Scottish Leaving Certificate Examination, 1954
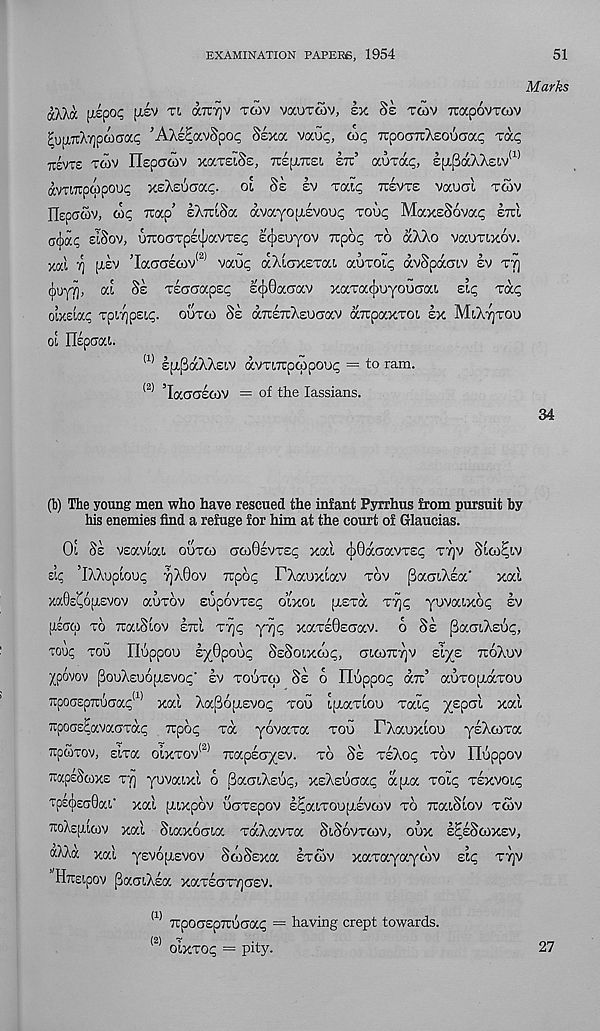
EXAMINATION PAPERS, 1954
51
Marks
aAXcc [lipoc [jiv Tt, aTurjv tcov vauToiv, ex Ss twv irapovToiv
^[XTcXTjpcocra^ ’AXe^avSpOf; Sexa vaup, top TCpocrTtXsooCTap rap
tovts tcov Ilepacov xaTeiSe, xepixet. ztz aurap, ep^Sa/vAeiv* 1 *
avTtTtpwpoup xs^pjiaap. oi Se ev Taip ttevts vaucl Ttov
IIspoSv, cop Trap’ eXx'iSa avayopievoup roup MaxeSovocp ettl
a(j)ap sISov, UTioaTpe^avrep e^euyov irpop to aXXo voaraxov.
xal ^ ptev , Iac7(7ecov <2) vaup aXioxsTa!. auxoip avSpdccnv ev tt]
(jjuyT], od Sz xecrcrapep eijiQaciav xaToccjiuyoucTai. eip xap
oixelap xpiTjpeip. ouxco Se aTreTuXeuoav aTcpaxxoi, ex MiXtjxoo
ot Uspxa!..
(1) epi[3aXXeiv avxiTrptopoup = to ram.
(2> ’laoCTetov = of the lassians.
(b) The young men who have rescued the infant Pyrrhus from pursuit by
his enemies find a refuge for him at the court of Glaucias.
01 Se vecmoa ooxco crcoOevxep xal 6Gacavxep xrjv SioiElv
eip ’IXXopioup 7]X0ov rcpop FXaoxiav xov paaiXea'
xal
xaOsCoptevov auxov eupovxep oixoi piexa X7]p yovaixop ev
[iroco xo xaiSlov exi X7)p y7]p xaxeGeoav. 6 Se pacriXeiip,
roup too TIuppoo eyGpoup SeSoixcop, oicotctjv eiye tioXov
Xpovov pouXeuopievop' ev xoiixco Se o IIuppop ait 3 auxop,axoo
xpoo£pxuciap (1) xal Xapopievop too iptaxloo xaip X £ P a ' L xa ' 1 ,
xpoae^avaoxap rcpop xa yovaxa too TXauxloo yeXcoxa
TtpioTov, eixa olxxov (2) Trapeayev. xo Se xeXop xov Hoppov
TtapsScoxe xt] yuvaixl 6 (3acn,Xeup, xeXeSaap ap.a xoip xexvoip
Tp£c[)£(j0a!.' xal [Aixpov uoxepov e^aixoujxevcnv xo xaiSlov xtov
TOXepiicov xal Staxooia xaXavxa SiSovxcov, oux e^eSooxev,
a^Xa xal yevojievov ScoSexa exoov xaxayayoov eip xtjv
Hxeipov paaiXea xaTeoTYjaev.
(1) TrpooepTrooap = having crept towards.
(2) v
.,
oixxop = pity.
27